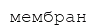
мембран